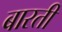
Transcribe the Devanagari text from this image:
बारती